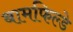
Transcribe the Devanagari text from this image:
बामफिल्डे